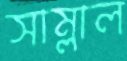
সাম্‌লাল